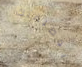
بوظيفتك